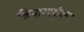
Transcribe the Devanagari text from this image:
किनारपट्टीवरून